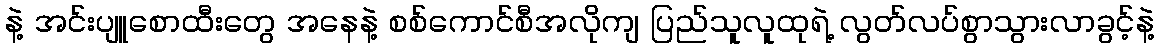
နဲ့ အင်းပျူစောထီးတွေ အနေနဲ့ စစ်ကောင်စီအလိုကျ ပြည်သူလူထုရဲ့ လွတ်လပ်စွာသွားလာခွင့်နဲ့